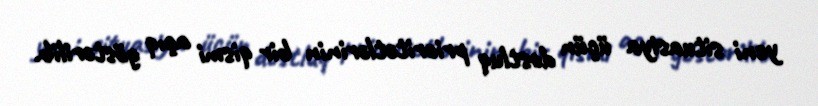
yeni situasiya üçün dostluq prioritetlərinin bir qismi açıq göstərilib.